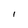
Character: l